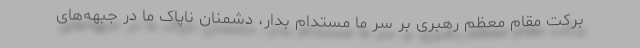
برکت مقام معظم رهبری بر سر ما مستدام بدار، دشمنان ناپاک ما در جبهه‌های